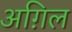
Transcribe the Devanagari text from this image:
अग़िल